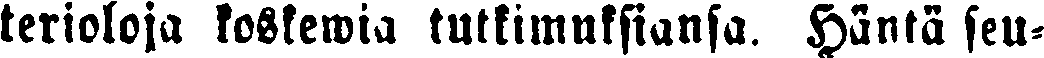
terioloja koskewia tutkimuksiansa. Häntä seu-